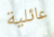
عائلية